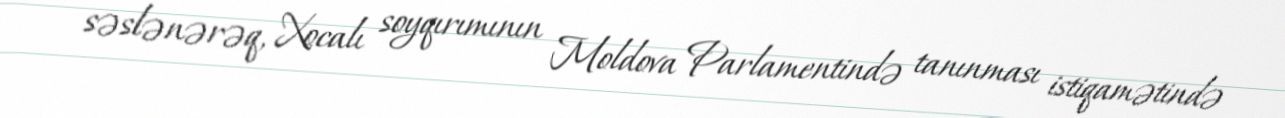
səslənərəq, Xocalı soyqırımının Moldova Parlamentində tanınması istiqamətində